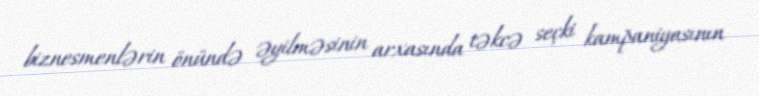
biznesmenlərin önündə əyilməsinin arxasında təkcə seçki kampaniyasının